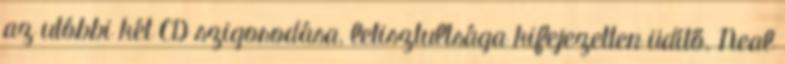
az utóbbi két CD szigorodása, letisztultsága kifejezetten üdítő. Neal